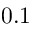
0 . 1